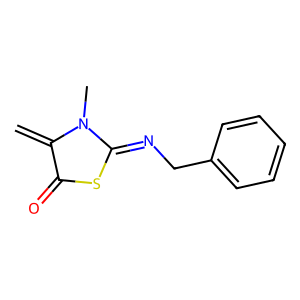
SMILES: C=C1C(=O)SC(=NCc2ccccc2)N1C
Inhibits HIV replication: No